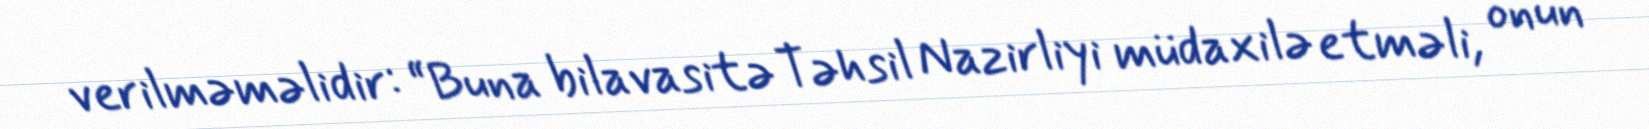
verilməməlidir: “Buna bilavasitə Təhsil Nazirliyi müdaxilə etməli, onun